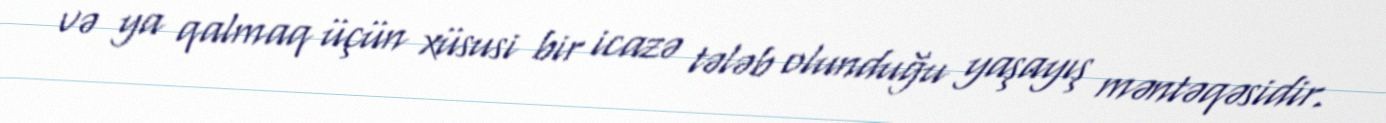
və ya qalmaq üçün xüsusi bir icazə tələb olunduğu yaşayış məntəqəsidir.